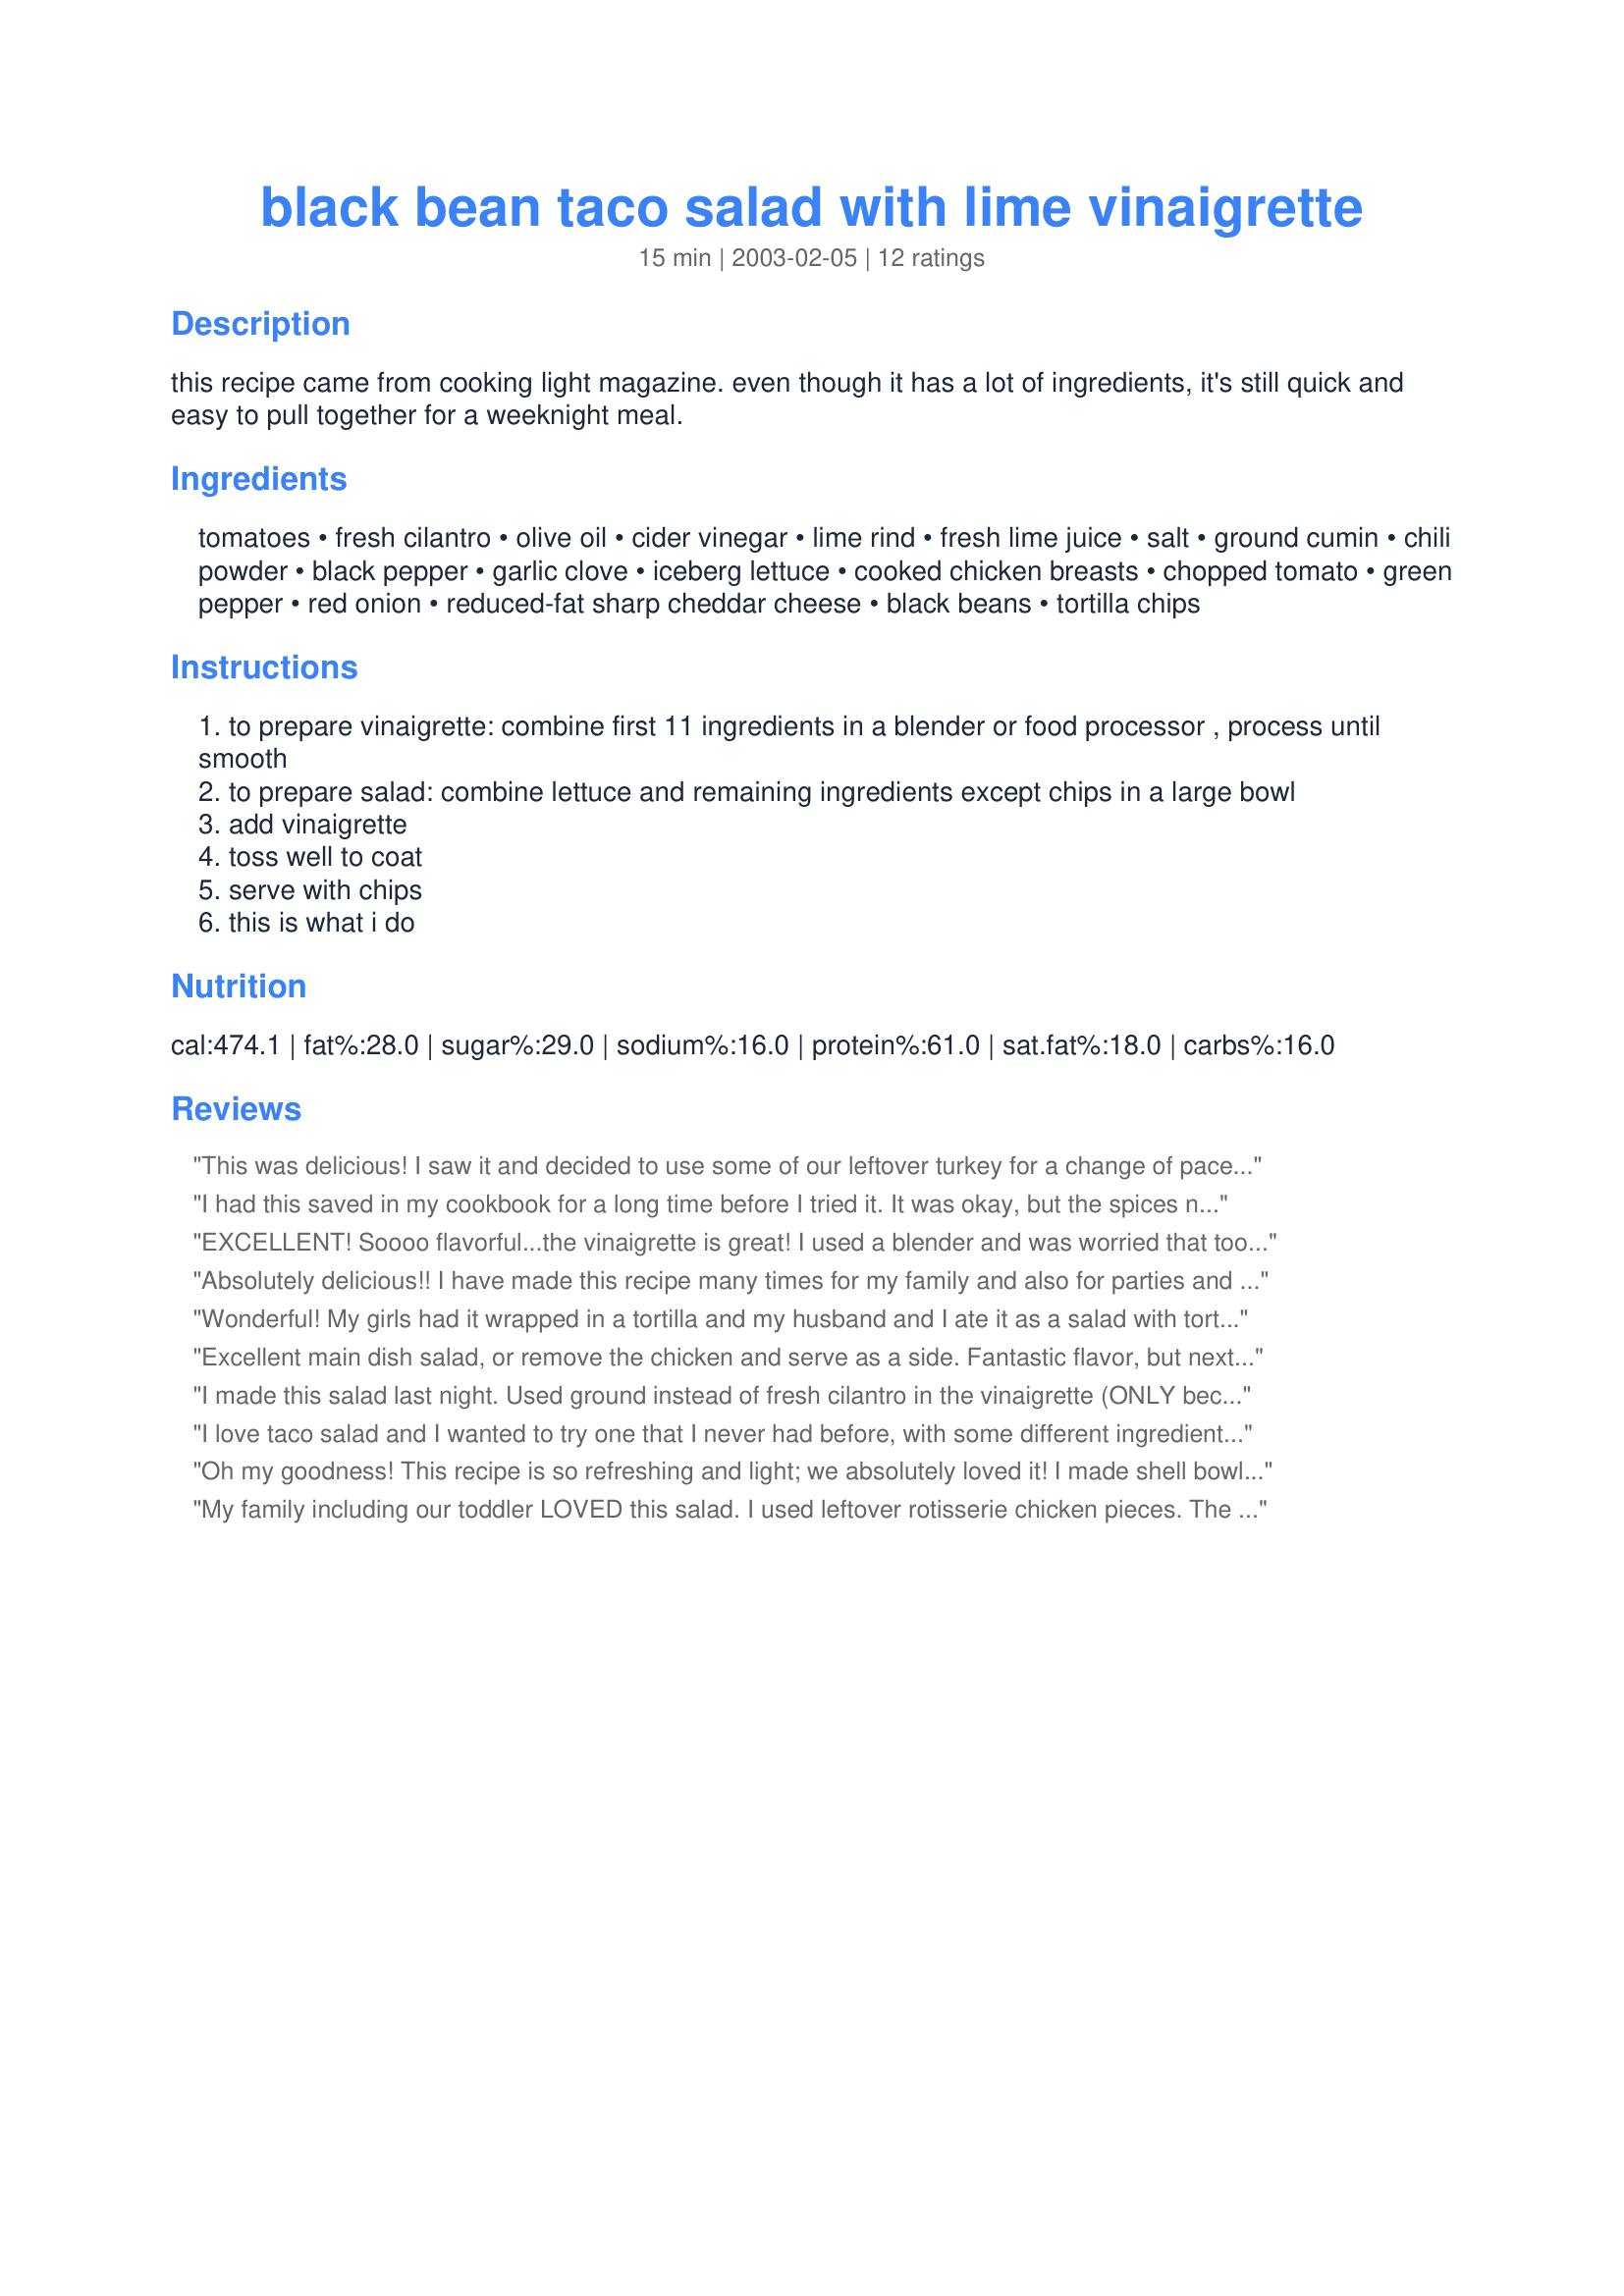
black bean taco salad with lime vinaigrette
Preparation time: 15 minutes

this recipe came from cooking light magazine. even though it has a lot of ingredients, it's still quick and easy to pull together for a weeknight meal.

Ingredients:
tomatoes, fresh cilantro, olive oil, cider vinegar, lime rind, fresh lime juice, salt, ground cumin, chili powder, black pepper, garlic clove, iceberg lettuce, cooked chicken breasts, chopped tomato, green pepper, red onion, reduced-fat sharp cheddar cheese, black beans, tortilla chips

Steps:
to prepare vinaigrette: combine first 11 ingredients in a blender or food processor , process until smooth
to prepare salad: combine lettuce and remaining ingredients except chips in a large bowl
add vinaigrette
toss well to coat
serve with chips
this is what i do

Reviews:
This was delicious! I saw it and decided to use some of our leftover turkey for a change of pace. It was great!!!!!! I added some diced avocado and a splash more of lime juice and vinegar, because we like things extra tangy. I think this would be a perfect potluck or bbq dish. A great way to use leftovers, but it is worth cooking up some chicken just for the salad. Definitely worth the 5 stars.
I had this saved in my cookbook for a long time before I tried it. It was okay, but the spices needed to be punched up or the lettuce need to be left out. JMHO.
EXCELLENT! Soooo flavorful...the vinaigrette is great! I used a blender and was worried that too much of it would get stuck to the sides of the blender, but there was plenty. I chopped up half an avocado and added it to the salad, which worked out very well. I omitted the lettuce, because I didn't think it was necessary since we simply ate it with blue tortilla chips. Not sure that this recipe actually feeds four hungry people...three of us scarfed it down in one sitting! Next time I will double the recipe.
Absolutely delicious!! I have made this recipe many times for my family and also for parties and everyone loves it! It is light, but surprisingly filling and I usually serve it by itself with just fruit for dessert for my family. I've found that if you mix the dressing with the salad and then serve, it is enough dressing as written , but if I ever serve the salad to individuals and let them put on the dressing, I double the dressing recipe. After making it several times, I have added a few twists to suit my taste, but it is great as is. I usually add about 1 cup of cooked sweet corn, 2 diced avocados, and substitute red pepper for the green pepper. I also always add seeded diced tomato to the salad and use about half of the lettuce amount( only because it makes it a little easier to mix everything together). I have made it with chicken or without and it's great either way. Just FYI, I use Tostitos Artisan Recipes Roasted Garlic and Black Bean tortilla chips to pile the salad on - they are the perfect complement to the flavors of the salad. In short, this is a delicious, versatile recipe that I would highly recommend to anyone, especially when great produce is in season.
Wonderful! My girls had it wrapped in a tortilla and my husband and I ate it as a salad with tortilla chips on top. I did feel there wasn't enough dressing and will double the amount next time. I also added avocado and grilled my chicken with some southwest chipolte spice. Yummy! Very healthy and very delicious!
Excellent main dish salad, or remove the chicken and serve as a side. Fantastic flavor, but next time I will double the dressing! Used a garden fresh tomato .... delish!
I made this salad last night. Used ground instead of fresh cilantro in the vinaigrette (ONLY because I forgot to buy it) and didn't serve with tortilla chips. Otherwise made as written (guesstimating measurements). Steamed the chicken w/limes and ate on the side. Next time I'll definitely try the fresh cilantro and add a little more spice to the dressing. BF and I both thought it was great - thanks for the recipe!!
I love taco salad and I wanted to try one that I never had before, with some different ingredients. This one fits what I had in mind, it's very good. I especially like the vinaigrette dressing. I ate it as a main dish for lunch. Thanks for the recipe!
Oh my goodness! This recipe is so refreshing and light; we absolutely loved it! I made shell bowls out of tortillas (#54417) and served with a side of pears. I am adding this recipe to my favorites! Thank you much!
My family including our toddler LOVED this salad. I used leftover rotisserie chicken pieces. The vinaigrette I adapted for the toddler. Omitted the lime rind, salt, chili powder, and cumin. Used 2 tablespoons ketchup instead of chopped seeded tomatoes and garlic powder instead of the garlic because I was in a rush. Stuffed this in wholewheat pita bread for a quick and easy lunch. NO doubt this will become a regular meal in my house. May try adding a few sliced olives next time.
Excellent salad. Even without the chicken or the tortilla chips, this made a filling entree salad. I was especially happy with the dressing. Also, if you mix together everything but the cheese, lettuce, and chips, the salad stays good in the refrigerator for several days. Thanks for sharing this!
Absolutely delicious! Last summer I was pregnant and between it being meltingly hot and not being able to stand cooking smells, we ate a LOT of cold salads. I made this--subbing corn for the chicken--at least once a week. I even made double- and triple batches of the vinaigrette in advance so I could throw this together if I was at a loss for what to make for dinner. The other ingredients are kitchen staples for us, so with the premade dressing, I could have this on the table in 15 minutes. Thanks so much for a terrific recipe!
